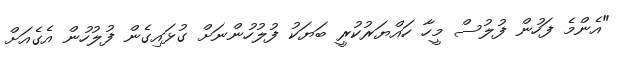
"އެންމެ ފަހުން ފުލުސް މީހާ ހައްޔަރުކުރީ ބަޔަކު ފުލުހުންނަށް ގުޅައިގެން ފުލުހުން އެގެއަށް